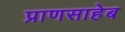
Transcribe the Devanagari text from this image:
प्राणसाहेब